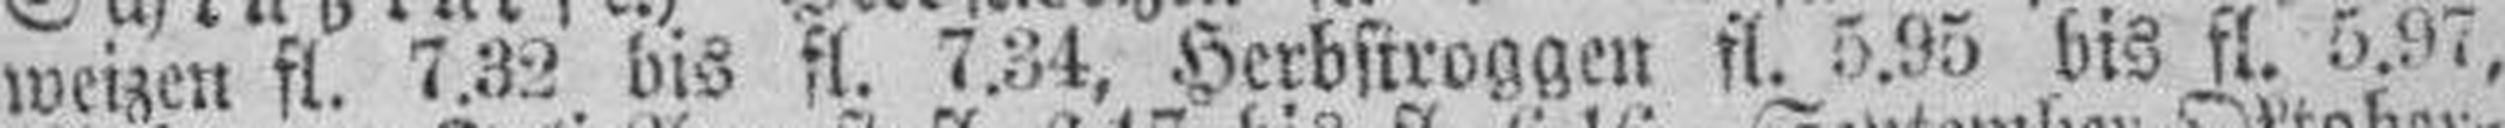
weizen fl. 7.32 bis fl. 7.34, Herbstroggen fl. 5.95 bis fl. 5.97,